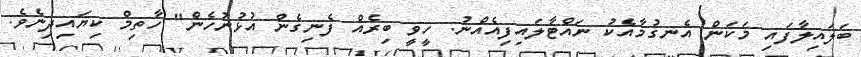
ބަލައިލާފައި މަކަން އެނގުމާއެކު ނައްޓާލައިފިއެއްނު. ހީވީ ބިރެއް ފެނިގެން އުޅުނުހެން" ހާތިމް ކިޔައިދިނެވެ.